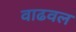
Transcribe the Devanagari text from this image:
वाढवल